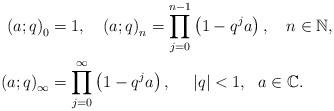
LaTeX: \begin{align*}\left( a;q\right) _{0} & =1,\ \ \ \left( a;q\right) _{n}={\displaystyle\prod\limits_{j=0}^{n-1}}\left( 1-q^{j}a\right) ,\ \ \ n\in\mathbb{N},\\\left( a;q\right) _{\infty} & ={\displaystyle\prod\limits_{j=0}^{\infty}}\left( 1-q^{j}a\right) ,\ \ \ \ \left\vert q\right\vert <1,\ \ a\in\mathbb{C}.\end{align*}